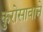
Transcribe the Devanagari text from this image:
कुरोसावाने